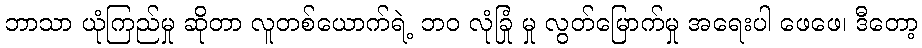
ဘာသာ ယုံကြည်မှု ဆိုတာ လူတစ်ယောက်ရဲ့ ဘဝ လုံခြုံ မှု လွတ်မြောက်မှု အရေးပါ ဖေဖေ၊ ဒီတော့